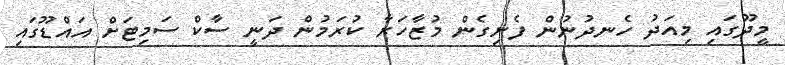
މީދޫގައި މިއަދު ހެނދުނުން ފެށިގެން މުޒާހަރާ ކުރަމުން ދަނީ ސާކް ސަމިޓަށް އައްޑޫގައި